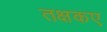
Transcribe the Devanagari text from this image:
तक्षकए